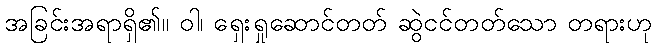
အခြင်းအရာရှိ၏။ ဝါ၊ ရှေးရှုဆောင်တတ် ဆွဲငင်တတ်သော တရားဟု